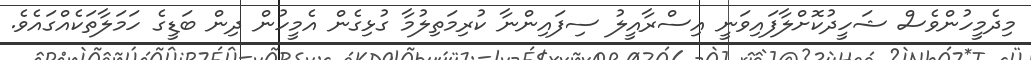
މިދެމީހުންވެސް ޝަހީދުކޮށްލާފައިވަނީ އިސްރާއީލު ސިފައިންނާ ކުރިމަތިލުމާ ގުޅިގެން އެމީހުން ދިން ބަޑީގެ ހަމަލާތަކެއްގައެވެ.